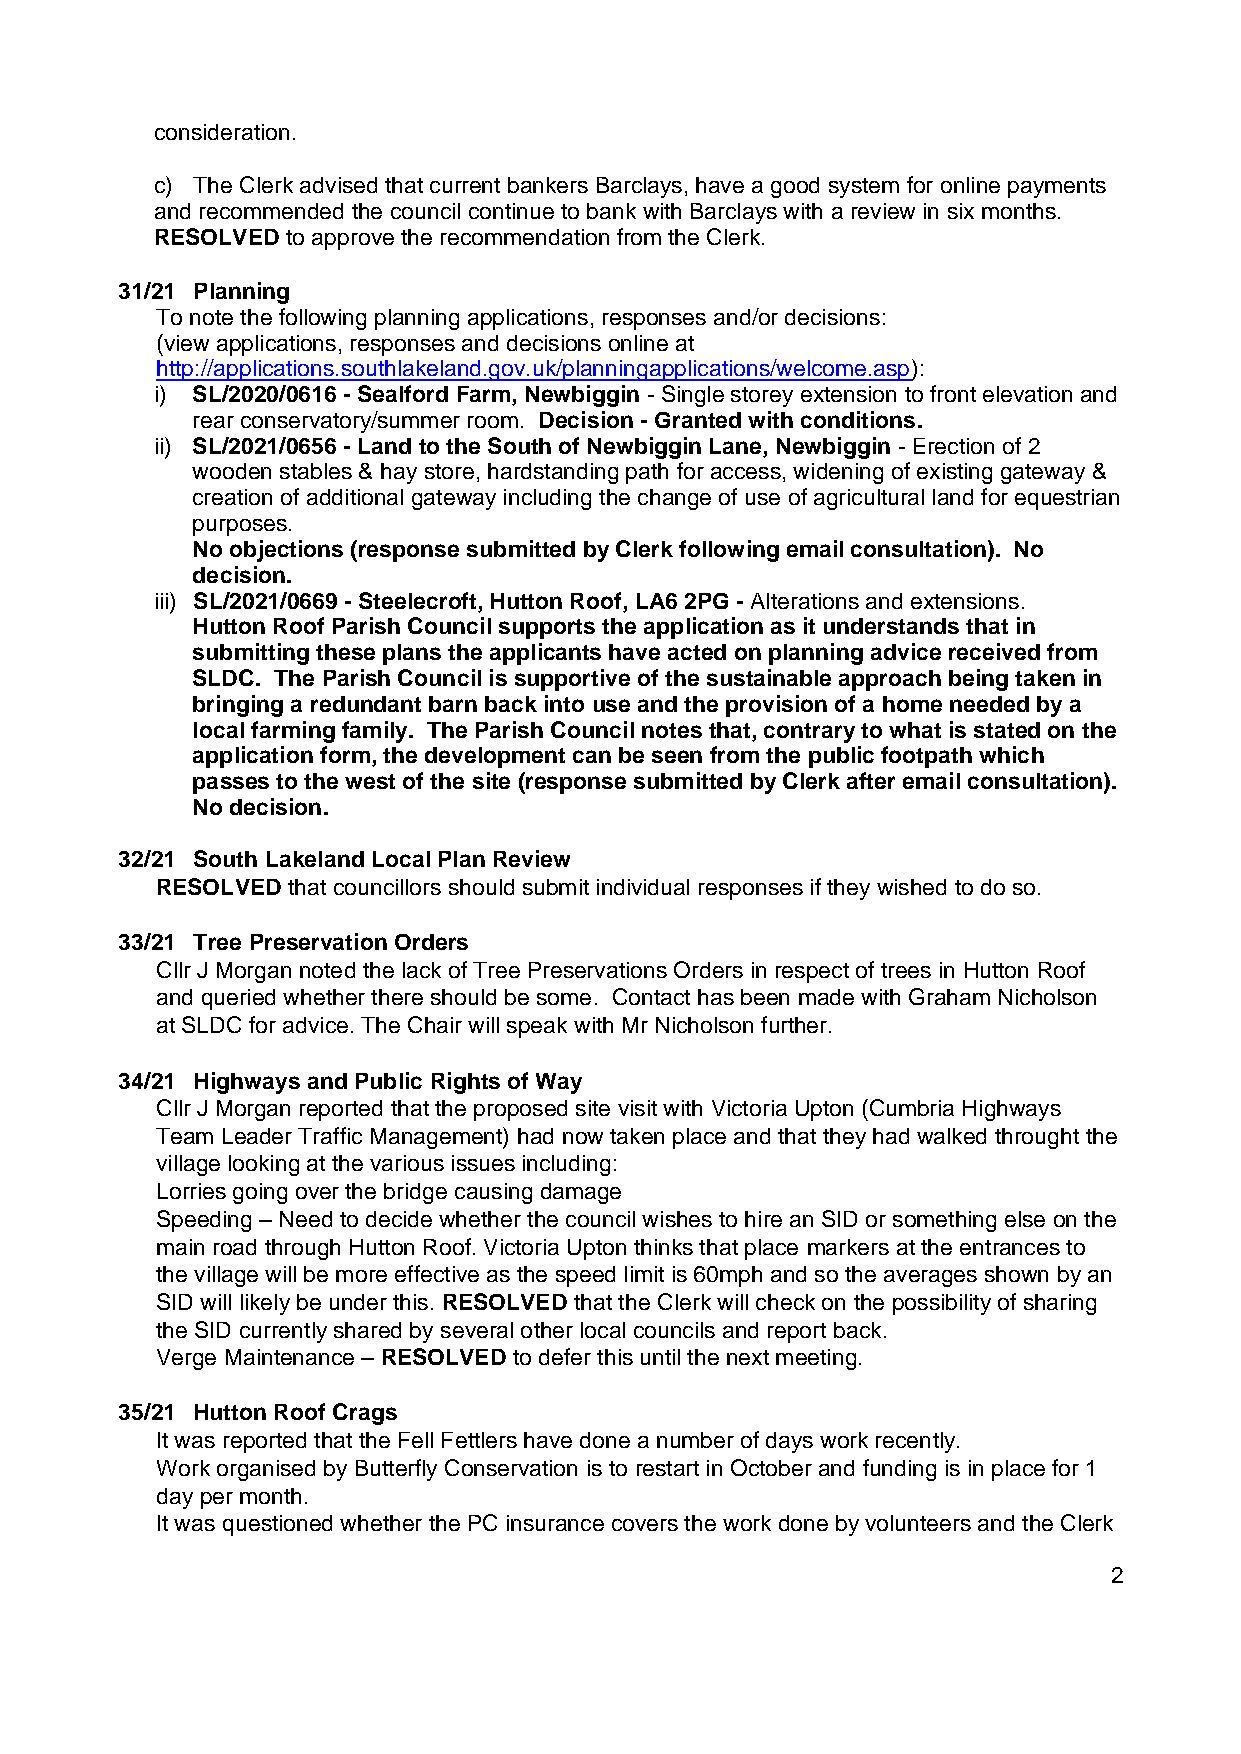
consideration.
 c) The Clerk advised that current bankers Barclays, have a good system for online payments
 and recommended the council continue to bank with Barclays with a review in six months.
 RESOLVED to approve the recommendation from the Clerk.
 31/21 Planning
 To note the following planning applications, responses and/or decisions:
 (view applications, responses and decisions online at
 http://applications.southlakeland.gov.uk/planningapplications/welcome.asp):
 i) SL/2020/0616 - Sealford Farm, Newbiggin - Single storey extension to front elevation and
 rear conservatory/summer room. Decision - Granted with conditions.
 ii) SL/2021/0656 - Land to the South of Newbiggin Lane, Newbiggin - Erection of 2
 wooden stables & hay store, hardstanding path for access, widening of existing gateway &
 creation of additional gateway including the change of use of agricultural land for equestrian
 purposes.
 No objections (response submitted by Clerk following email consultation). No
 decision.
 iii) SL/2021/0669 - Steelecroft, Hutton Roof, LA6 2PG - Alterations and extensions.
 Hutton Roof Parish Council supports the application as it understands that in
 submitting these plans the applicants have acted on planning advice received from
 SLDC. The Parish Council is supportive of the sustainable approach being taken in
 bringing a redundant barn back into use and the provision of a home needed by a
 local farming family. The Parish Council notes that, contrary to what is stated on the
 application form, the development can be seen from the public footpath which
 passes to the west of the site (response submitted by Clerk after email consultation).
 No decision.
 32/21 South Lakeland Local Plan Review
 RESOLVED that councillors should submit individual responses if they wished to do so.
 33/21 Tree Preservation Orders
 Cllr J Morgan noted the lack of Tree Preservations Orders in respect of trees in Hutton Roof
 and queried whether there should be some. Contact has been made with Graham Nicholson
 at SLDC for advice. The Chair will speak with Mr Nicholson further.
 34/21 Highways and Public Rights of Way
 Cllr J Morgan reported that the proposed site visit with Victoria Upton (Cumbria Highways
 Team Leader Traffic Management) had now taken place and that they had walked throught the
 village looking at the various issues including:
 Lorries going over the bridge causing damage
 Speeding – Need to decide whether the council wishes to hire an SID or something else on the
 main road through Hutton Roof. Victoria Upton thinks that place markers at the entrances to
 the village will be more effective as the speed limit is 60mph and so the averages shown by an
 SID will likely be under this. RESOLVED that the Clerk will check on the possibility of sharing
 the SID currently shared by several other local councils and report back.
 Verge Maintenance – RESOLVED to defer this until the next meeting.
 35/21 Hutton Roof Crags
 It was reported that the Fell Fettlers have done a number of days work recently.
 Work organised by Butterfly Conservation is to restart in October and funding is in place for 1
 day per month.
 It was questioned whether the PC insurance covers the work done by volunteers and the Clerk
 2